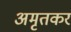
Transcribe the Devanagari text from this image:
अमृतकर